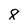
Character: 8